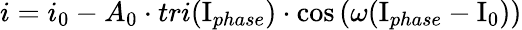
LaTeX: i=i_{0}-A_{0}\cdot tri(\mathrm{I}_{phase})\cdot\cos{(\omega(\mathrm{I}_{phase}-\mathrm{I}_{0}))}